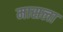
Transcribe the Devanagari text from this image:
मासला